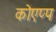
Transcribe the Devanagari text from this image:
कोएप्प